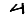
Digit: 4